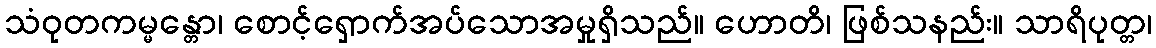
သံဝုတကမ္မန္တော၊ စောင့်ရှောက်အပ်သောအမှုရှိသည်။ ဟောတိ၊ ဖြစ်သနည်း။ သာရိပုတ္တ၊